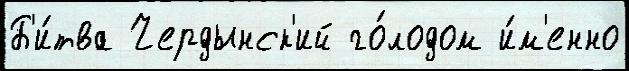
Б'и́тва Чердынск'ий го́лодом и́м'енно